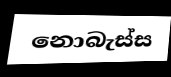
නොබැස්ස